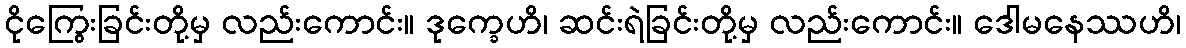
ငိုကြွေးခြင်းတို့မှ လည်းကောင်း။ ဒုက္ခေဟိ၊ ဆင်းရဲခြင်းတို့မှ လည်းကောင်း။ ဒေါမနေဿဟိ၊